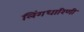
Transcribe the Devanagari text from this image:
लिंगधारिणी